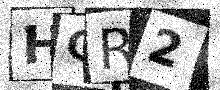
Text: HGR2